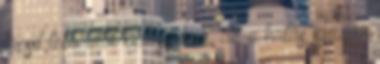
kicsit több időt kell szánni, de a hatás igazán